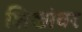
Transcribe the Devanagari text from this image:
शिखांवर